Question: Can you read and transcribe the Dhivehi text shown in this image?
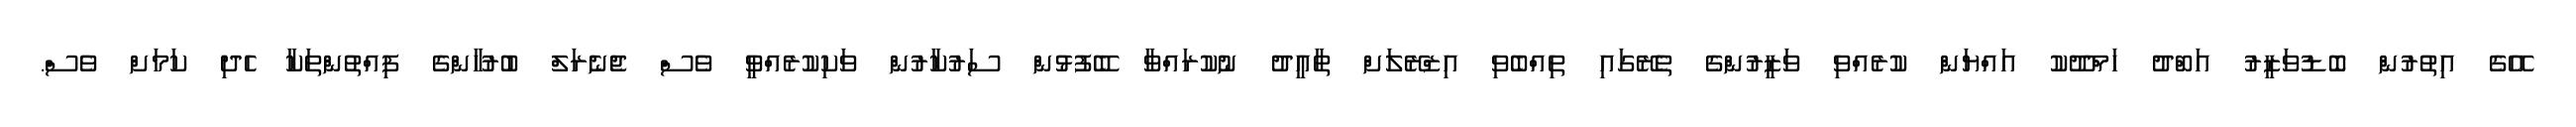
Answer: އޭގެ އިތުރުން ބޮޑުވަޒީރު އަބްދު ހަމްދޫކު އައްޔަން ކުރެއްވި ވަޒީރުންގެ ތެރޭގައި ތިއްބެވި އިޒްރޭލަށް ތާއީދު ނުކުރައްވާ ބޭފުޅުން ސަރުކާރުން ވަކިކުރެއްވީ ވެސް ޖެނެރަލް ބުރުހާންގެ ފިއްތުންތަކާ ހެދި ކަމަށް ވެސް.